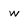
Character: w